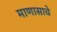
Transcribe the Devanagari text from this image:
माणासाचे